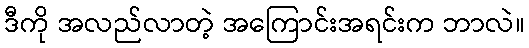
ဒီကို အလည်လာတဲ့ အကြောင်းအရင်းက ဘာလဲ။